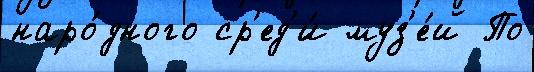
наро́дного ср'ед'и́ муз'е́й По